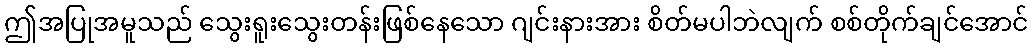
ဤအပြုအမူသည် သွေးရူးသွေးတန်းဖြစ်နေသော ဂျင်းနားအား စိတ်မပါဘဲလျက် စစ်တိုက်ချင်အောင်